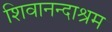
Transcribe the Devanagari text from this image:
शिवानन्दाश्रम